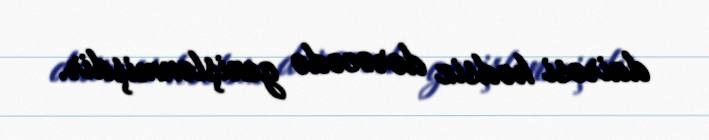
dairəsi hədsiz dərəcədə genişlənmişdir.